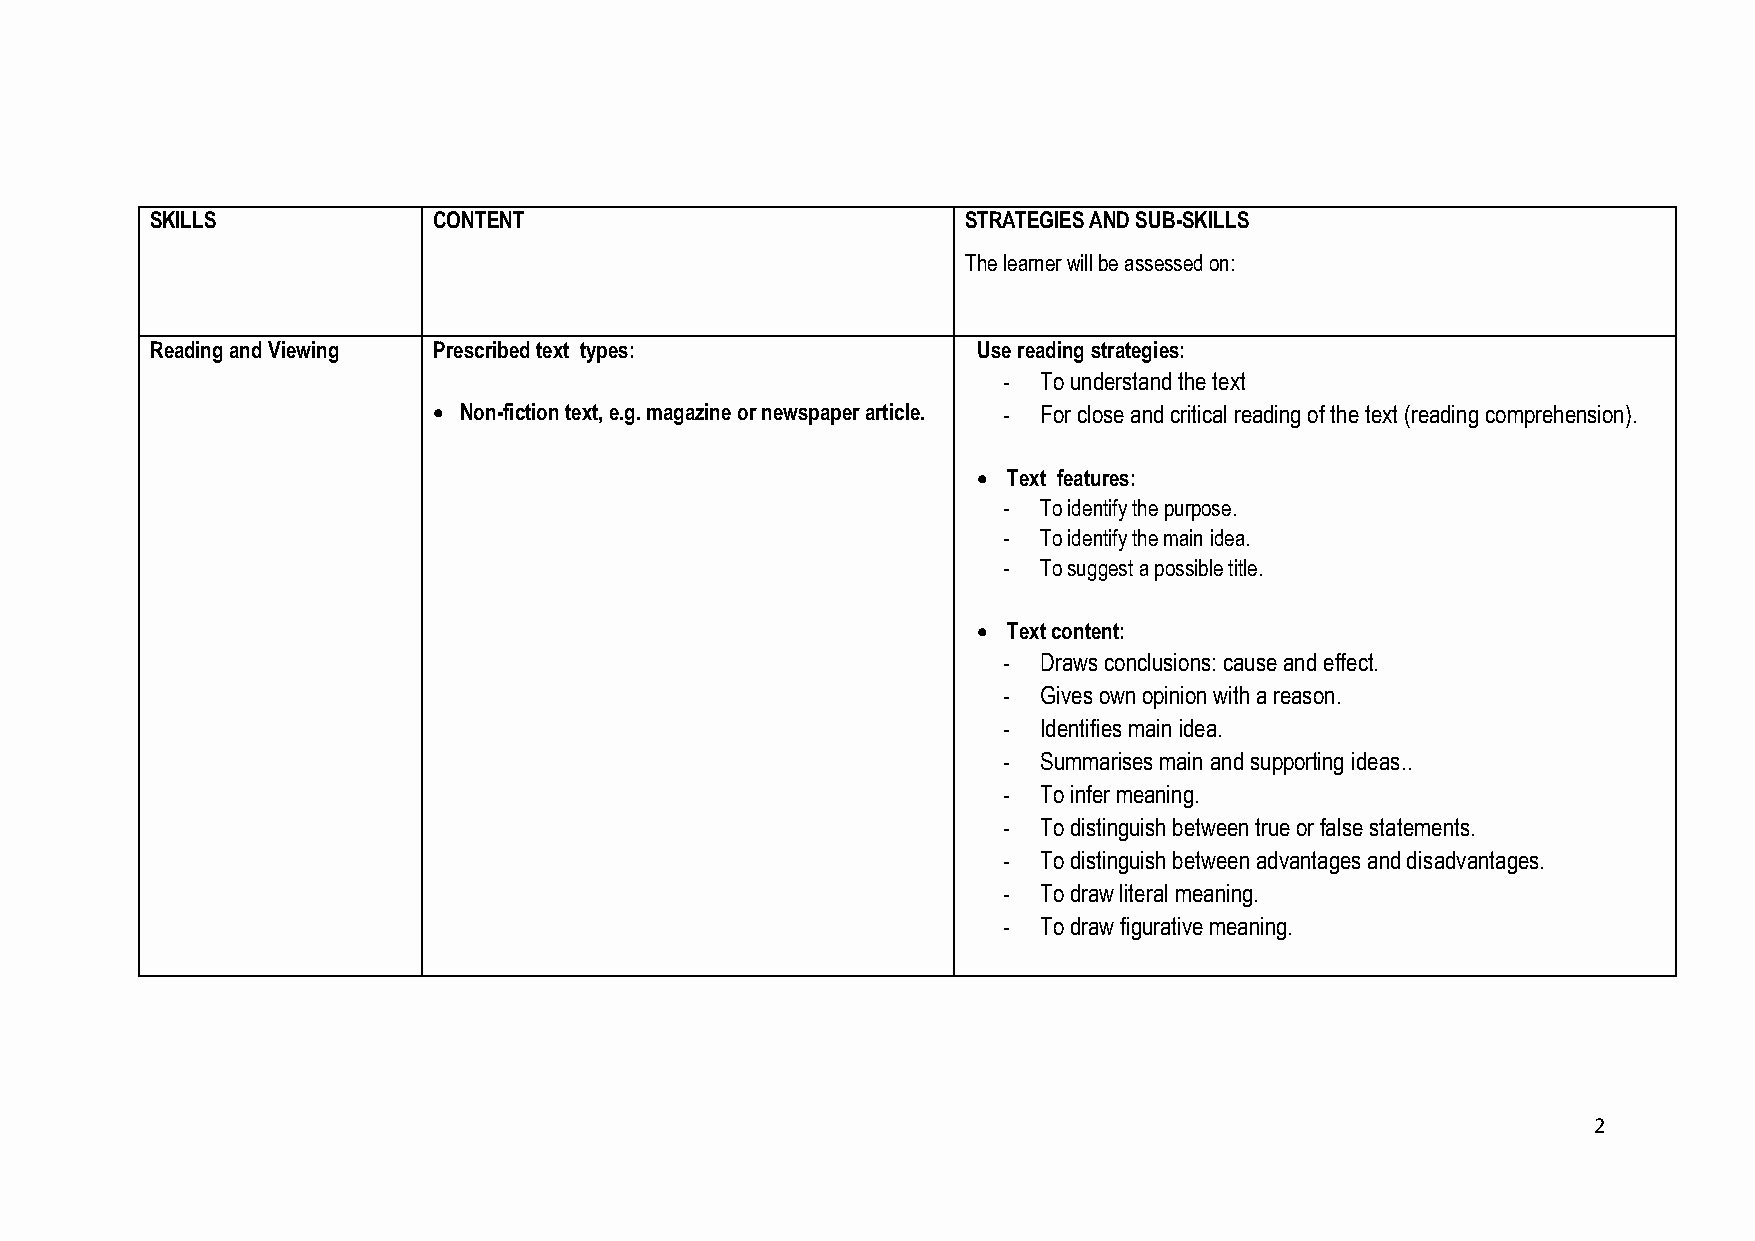
SKILLS             CONTENT                            STRATEGIES AND SUB-SKILLS
 The learner will be assessed on:
 Reading and Viewing Prescribed text types:             Use reading strategies:
 -  To understand the text
  Non-fiction text, e.g. magazine or newspaper article. - For close and critical reading of the text (reading comprehension).
  Text features:
 -  To identify the purpose.
 -  To identify the main idea.
 -  To suggest a possible title.
  Text content:
 -  Draws conclusions: cause and effect.
 -  Gives own opinion with a reason.
 -  Identifies main idea.
 -  Summarises main and supporting ideas..
 -  To infer meaning.
 -  To distinguish between true or false statements.
 -  To distinguish between advantages and disadvantages.
 -  To draw literal meaning.
 -  To draw figurative meaning.
 2